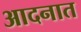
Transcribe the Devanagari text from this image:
आदनात